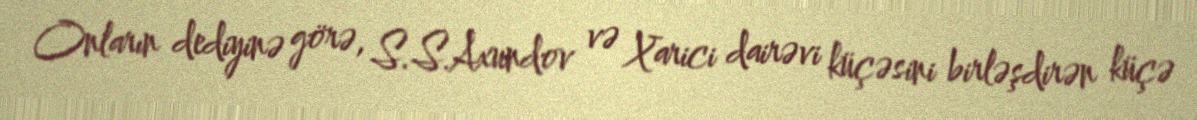
Onların dediyinə görə, S.S.Axundov və Xarici dairəvi küçəsini birləşdirən küçə